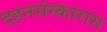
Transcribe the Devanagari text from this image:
दहनसंस्कारास